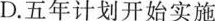
D.五年计划开始实施